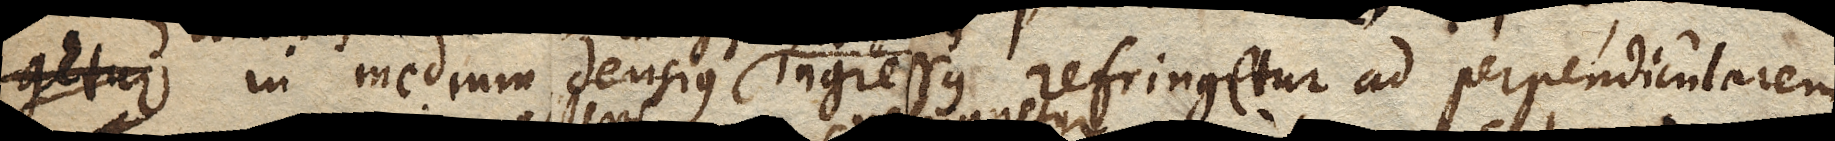
getur in medium densius ingressus refringetur ad perpendicularem.